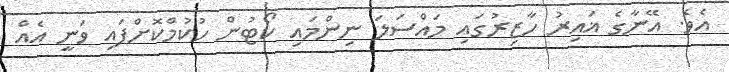
އެވެ. އޭނާގެ ޣައިރު ހާޒިރުގައި މައްސަލަ ނިންމައި ކޯޓުން ހުކުމްކޮށްފައި ވަނީ އެއް